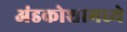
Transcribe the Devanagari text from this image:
अंडकोशामध्ये